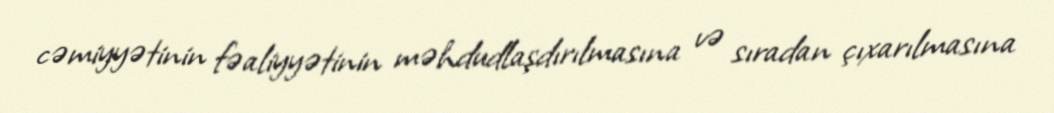
cəmiyyətinin fəaliyyətinin məhdudlaşdırılmasına və sıradan çıxarılmasına